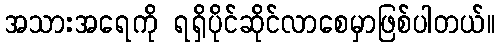
အသားအရေကို ရရှိပိုင်ဆိုင်လာစေမှာဖြစ်ပါတယ်။